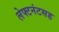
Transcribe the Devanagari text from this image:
लेफ्टनंटसह